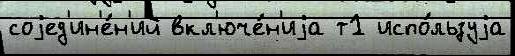
соjед'ин'е́н'ий вкл'юче́н'иjа т1 испо́льзуjа